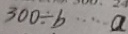
3 0 0 \div b \cdots a